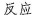
反应